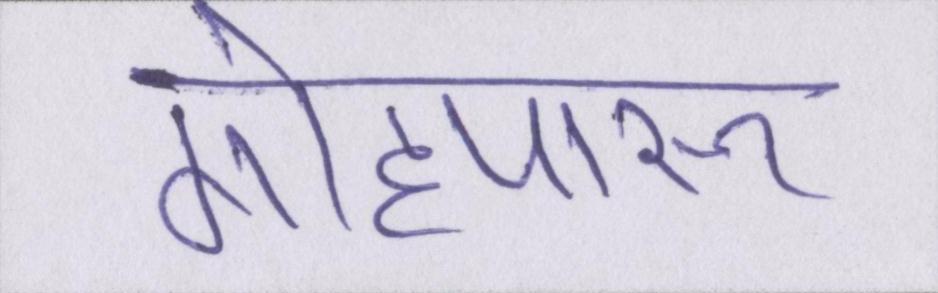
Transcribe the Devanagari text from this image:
गोहपारू